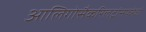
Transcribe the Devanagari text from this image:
आलिगोसैकरिलट्रांसफरेजों